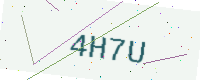
Text: 4H7U